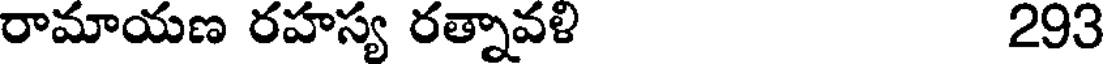
రామాయణ రహస్య రత్నావళి 293